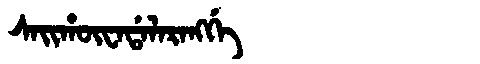
Manchu: ᠰᠠᡳᡥᡡᠸᠠᡩᠠᠯᠠᡵᠠᠩᡤᡝ
Romanization: SAIHŪWADALARANGGE